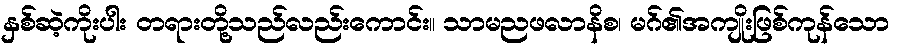
နှစ်ဆဲ့ကိုးပါး တရားတို့သည်လည်းကောင်း။ သာမညဖလာနိစ၊ မဂ်၏အကျိုးဖြစ်ကုန်သော